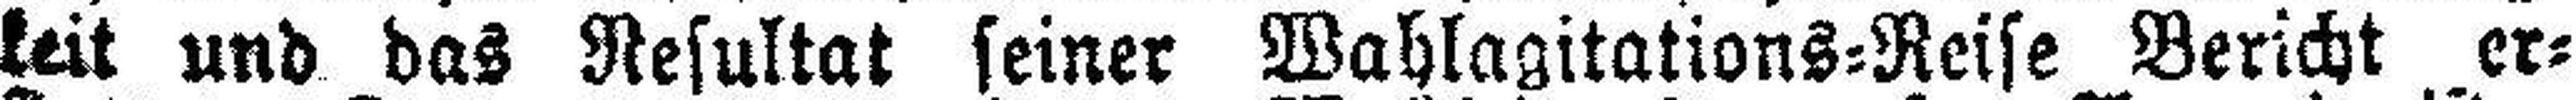
keit und das Resultat seiner Wahlagitations=Reise Bericht er¬